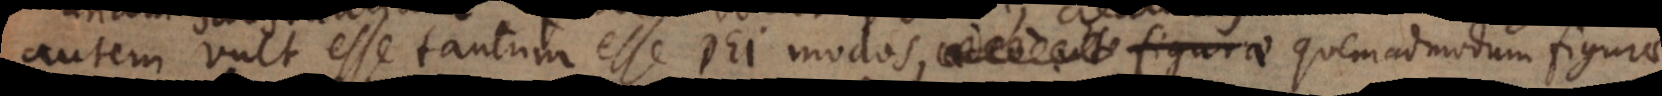
autem vult tantum esse Dei modos, quemadmodum figurae